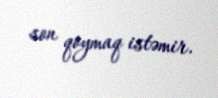
son qoymaq istəmir.